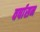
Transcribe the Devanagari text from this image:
वर्षासन